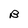
Character: B